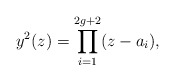
\begin{align*}y^2(z) = \prod_{i=1}^{2g+2} ( z - a_i), \end{align*}